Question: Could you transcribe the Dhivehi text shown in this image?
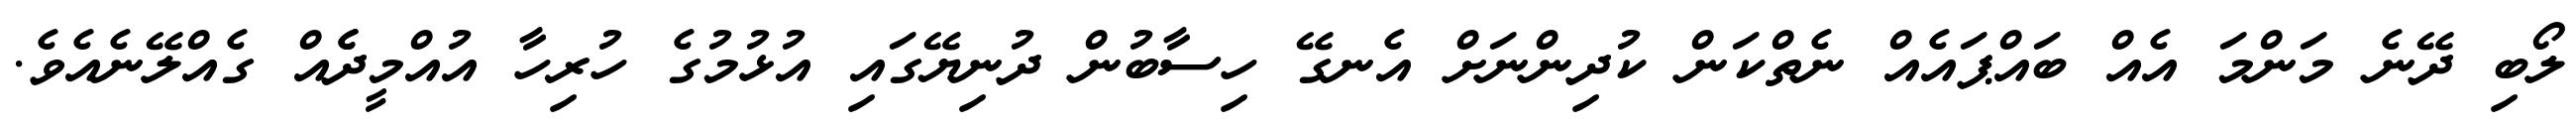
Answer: ލޯބި ދޭނެ މަންމަ އެއް ބައްޕައެއް ނެތްކަން ކުދިންނަށް އެނގޭ ހިސާބުން ދުނިޔޭގައި އުޅުމުގެ ހުރިހާ އުއްމީދެެއް ގެއްލޭނެއެވެ.